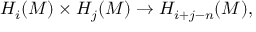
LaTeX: H _ { i } ( M ) \times H _ { j } ( M ) \to H _ { i + j - n } ( M ) ,